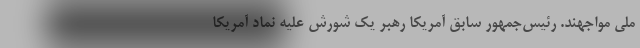
ملی مواجهند. رئیس‌جمهور سابق آمریکا رهبر یک شورش علیه نماد آمریکا